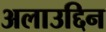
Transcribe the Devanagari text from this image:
अलाउद्दिन